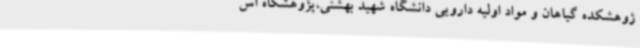
ژوهشکده گیاهان و مواد اولیه دارویی دانشگاه شهید بهشتی،پژوهشگاه اس